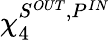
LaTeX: \chi_{4}^{S^{OUT},P^{IN}}